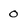
Character: 0